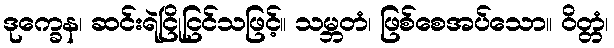
ဒုက္ခေန၊ ဆင်းရဲငြိုငြင်သဖြင့်။ သမ္ဘတံ၊ ဖြစ်စေအပ်သော။ ဝိတ္တံ၊